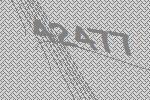
42477